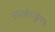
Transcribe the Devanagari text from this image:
एडाचेनाकुंगन